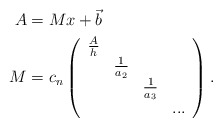
\begin{align*}A & =Mx+\vec{b}\\M & =c_{n}\left(\begin{array}[c]{cccc}\frac{A}{h} & & & \\& \frac{1}{a_{2}} & & \\& & \frac{1}{a_{3}} & \\& & & ...\end{array}\right) .\end{align*}